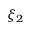
\xi _ { 2 }